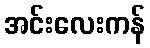
အင်းလေးကန်